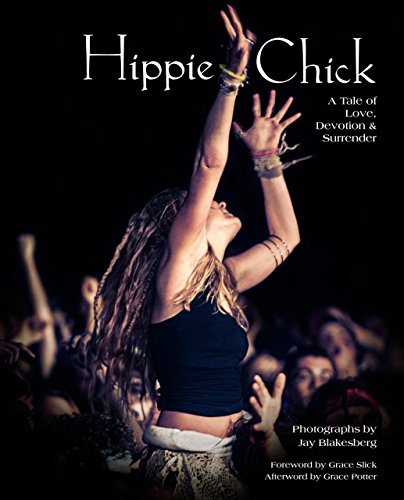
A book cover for Hippie Chick: A Tale of Love, Devotion & Surrender; Arts & Photography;